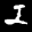
Label: 2